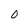
Character: 0